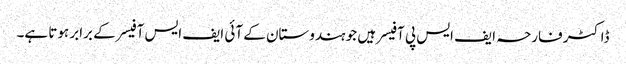
ڈاکٹر فارحہ ایف ایس پی آفیسر ہیں جو ہندوستان کے آئی ایف ایس آفیسر کے برابر ہوتا ہے۔